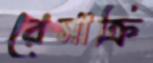
রেমাক্রি